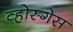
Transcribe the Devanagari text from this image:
व्होस्गेस